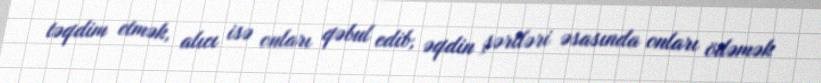
təqdim etmək, alıcı isə onları qəbul edib, əqdin şərtləri əsasında onları ödəmək